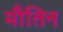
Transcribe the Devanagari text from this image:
मौतिन